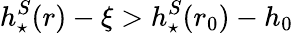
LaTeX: h_{\star}^{S}(r)-\xi>h_{\star}^{S}(r_{0})-h_{0}